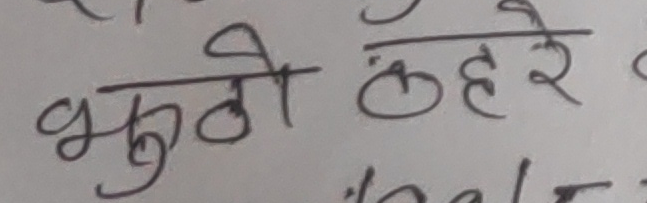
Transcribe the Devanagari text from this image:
भुठो ठहरे